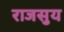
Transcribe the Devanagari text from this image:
राजसुय